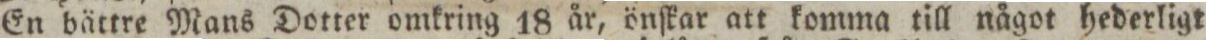
En bättre Mans Dotter omkring 18 år, önſkar att komma till något hederligt